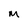
Character: M